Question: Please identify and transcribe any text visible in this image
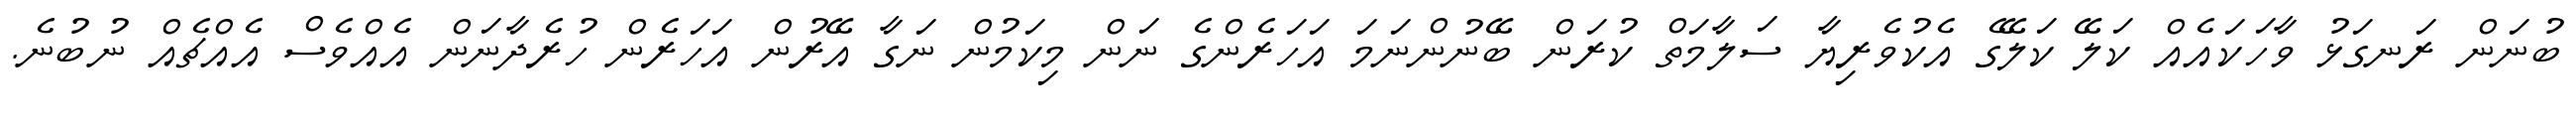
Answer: ބުނަން ރަނގަޅު ވާހަކައެއް ކަލޭ ކަލޭގެ އެކުވެރިޔާ ސަލާމަތް ކުރަން ބޭނުންނަމަ އަހަރެންގެ ނަން މިކަމުން ނަގާ އޭރުން އަހަރެން ހުރެދާނަން އެއްވެސް އެއްޗެއް ނުބުނެ.